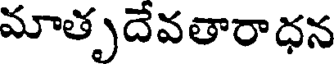
మాతృదేవతారాధన